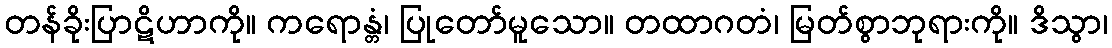
တန်ခိုးပြာဋိဟာကို။ ကရောန္တံ၊ ပြုတော်မူသော။ တထာဂတံ၊ မြတ်စွာဘုရားကို။ ဒိသွာ၊